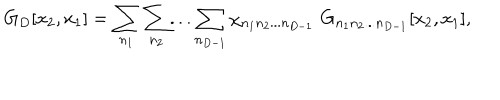
G _ { D } [ x _ { 2 } , x _ { 1 } ] = \sum _ { n _ { 1 } } \sum _ { n _ { 2 } } . . . \sum _ { n _ { D - 1 } } \chi _ { n _ { 1 } n _ { 2 } . . . n _ { D - 1 } } \, \, G _ { n _ { 1 } n _ { 2 } . . . n _ { D - 1 } } [ x _ { 2 } , x _ { 1 } ] ,